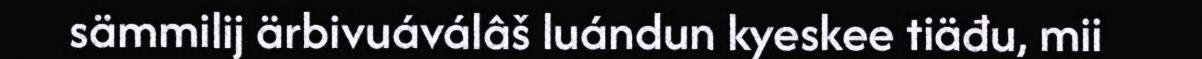
sämmilij ärbivuáválâš luándun kyeskee tiäđu, mii